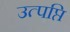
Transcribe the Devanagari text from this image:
उत्पप्ति